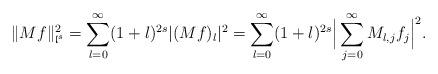
LaTeX: \begin{align*}\|Mf\|_{\mathfrak{l}^s}^2=\sum_{l=0}^\infty(1+l)^{2s}|(Mf)_l|^2=\sum_{l=0}^\infty(1+l)^{2s}\Big|\sum_{j=0}^\infty M_{l,j}f_j\Big|^2.\end{align*}